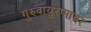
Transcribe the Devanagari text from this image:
गुरुवायुरप्पावर